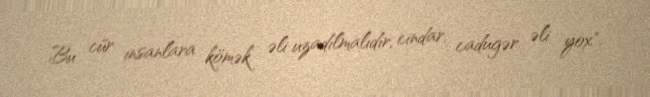
Bu cür insanlara kömək əli uzadılmalıdır, cindar, cadugər əli yox".